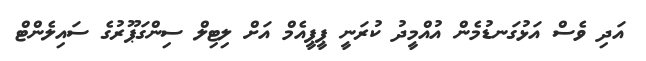
އަދި ވެސް އަޅުގަނޑުމެން އުއްމީދު ކުރަނީ ޕީޕީއެމް އަށް ލިޓިލް ސިންގަޕޫރުގެ ސައިލެންޓް